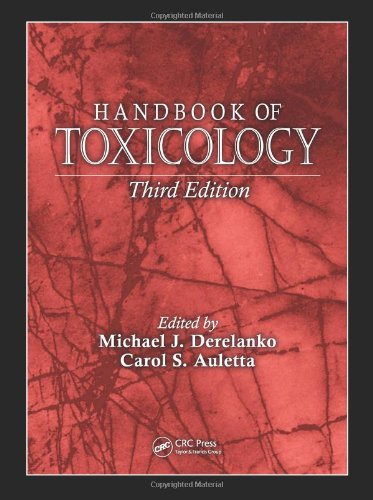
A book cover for Handbook of Toxicology, Third Edition; Medical Books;